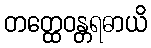
တတ္ထေဝန္တရဓာယိ